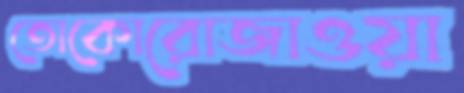
তোকোরোজাওয়া